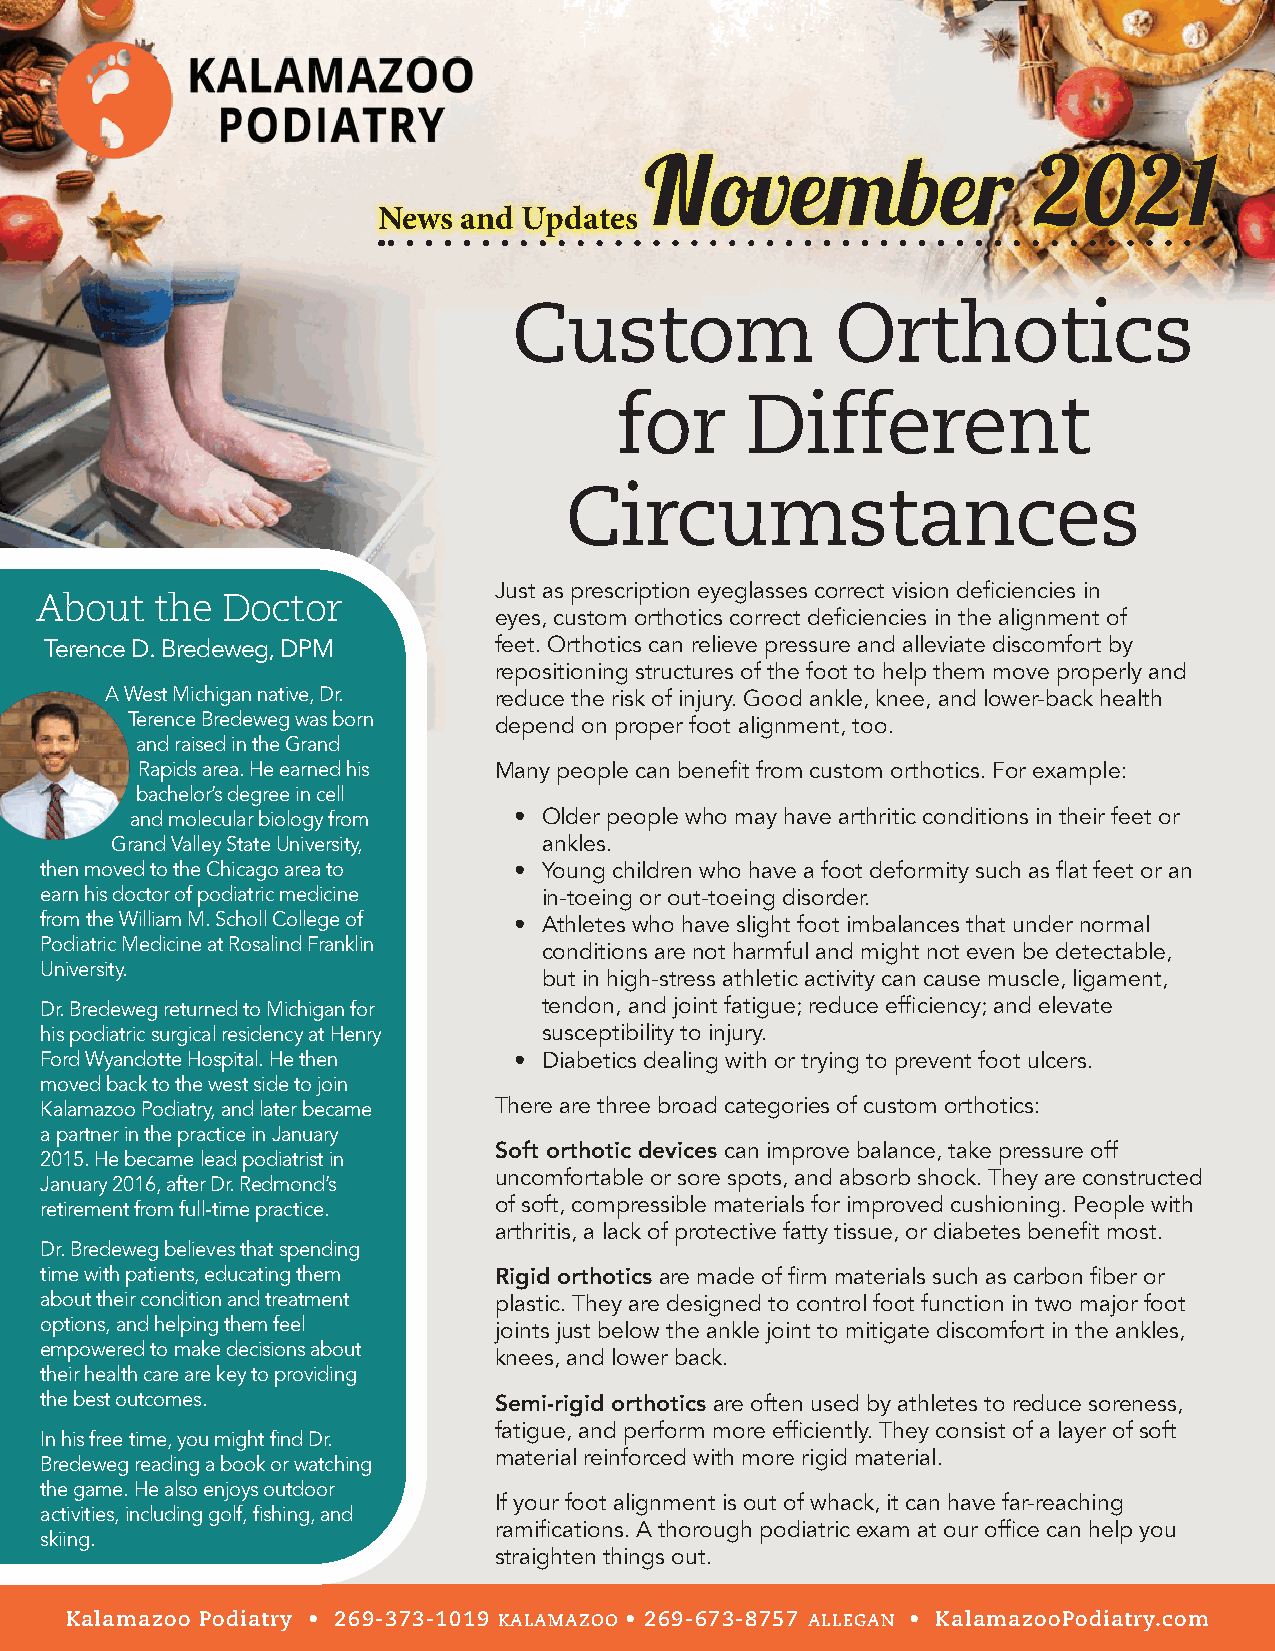
November                  2021
 News  and Updates
 Custom               Orthotics
 for     Different
 Circumstances
 Just as prescription eyeglasses correct vision deficiencies in
 About   the  Doctor
 eyes, custom orthotics correct deficiencies in the alignment of
 Terence D. Bredeweg, DPM      feet. Orthotics can relieve pressure and alleviate discomfort by
 repositioning structures of the foot to help them move properly and
 A West Michigan native, Dr. reduce the risk of injury. Good ankle, knee, and lower-back health
 Terence Bredeweg was born
 depend on proper foot alignment, too.
 and raised in the Grand
 Rapids area. He earned his Many people can benefit from custom orthotics. For example:
 bachelor’s degree in cell
 and molecular biology from • Older people who may have arthritic conditions in their feet or
 Grand Valley State University, ankles.
 then moved to the Chicago area to • Young children who have a foot deformity such as flat feet or an
 earn his doctor of podiatric medicine in-toeing or out-toeing disorder.
 from the William M. Scholl College of • Athletes who have slight foot imbalances that under normal
 Podiatric Medicine at Rosalind Franklin
 conditions are not harmful and might not even be detectable,
 University.
 but in high-stress athletic activity can cause muscle, ligament,
 Dr. Bredeweg returned to Michigan for tendon, and joint fatigue; reduce efficiency; and elevate
 his podiatric surgical residency at Henry susceptibility to injury.
 Ford Wyandotte Hospital. He then • Diabetics dealing with or trying to prevent foot ulcers.
 moved back to the west side to join
 Kalamazoo Podiatry, and later became There are three broad categories of custom orthotics:
 a partner in the practice in January
 Soft orthotic devices can improve balance, take pressure off
 2015. He became lead podiatrist in
 uncomfortable or sore spots, and absorb shock. They are constructed
 January 2016, after Dr. Redmond’s
 retirement from full-time practice. of soft, compressible materials for improved cushioning. People with
 arthritis, a lack of protective fatty tissue, or diabetes benefit most.
 Dr. Bredeweg believes that spending
 time with patients, educating them Rigid orthotics are made of firm materials such as carbon fiber or
 about their condition and treatment plastic. They are designed to control foot function in two major foot
 options, and helping them feel joints just below the ankle joint to mitigate discomfort in the ankles,
 empowered to make decisions about
 knees, and lower back.
 their health care are key to providing
 the best outcomes.            Semi-rigid orthotics are often used by athletes to reduce soreness,
 fatigue, and perform more efficiently. They consist of a layer of soft
 In his free time, you might find Dr.
 material reinforced with more rigid material.
 Bredeweg reading a book or watching
 the game. He also enjoys outdoor
 If your foot alignment is out of whack, it can have far-reaching
 activities, including golf, fishing, and
 ramifications. A thorough podiatric exam at our office can help you
 skiing.
 straighten things out.
 Kalamazoo Podiatry • 269-373-1019 KALAMAZOO • 269-673-8757 ALLEGAN • KalamazooPodiatry.com